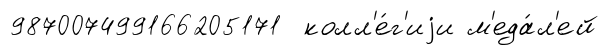
987007499166205171 колл'е́г'иjи м'еда́л'ей